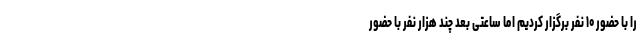
را با حضور ۱۰ نفر برگزار کردیم اما ساعتی بعد چند هزار نفر با حضور